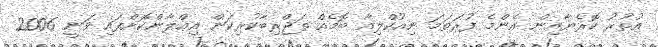
އުތުރު ކޮރެޔާއިން އެންމެ ފުރަތަމަ ނިއުކްލިއާ ބޮމެއް ތަޖްރިބާކުރިކަން އިޢްލާންކޮށްފައި ވަނީ 2006